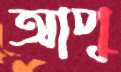
আপু